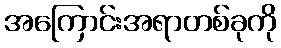
အကြောင်းအရာတစ်ခုကို